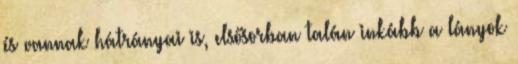
és vannak hátrányai is, elsősorban talán inkább a lányok